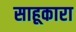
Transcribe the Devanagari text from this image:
साहूकारा